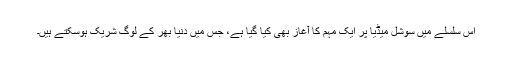
اس سلسلے میں سوشل میڈیا پر ایک مہم کا آغاز بھی کیا گیا ہے، جس میں دنیا بھر کے لوگ شریک ہوسکتے ہیں۔